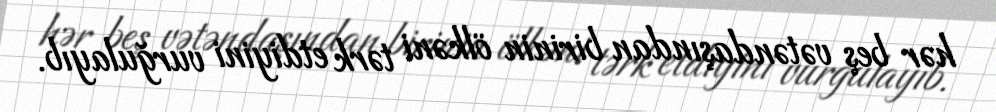
hər beş vətəndaşından birinin ölkəni tərk etdiyini vurğulayıb.